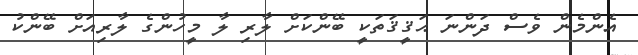
އެންމެން ވެސް ދަންނަ ޙަޤީޤަތަކީ ބޭންކަށް ލާރި ލާ މީހުންގެ ލާރިއަށް ބޭންކު